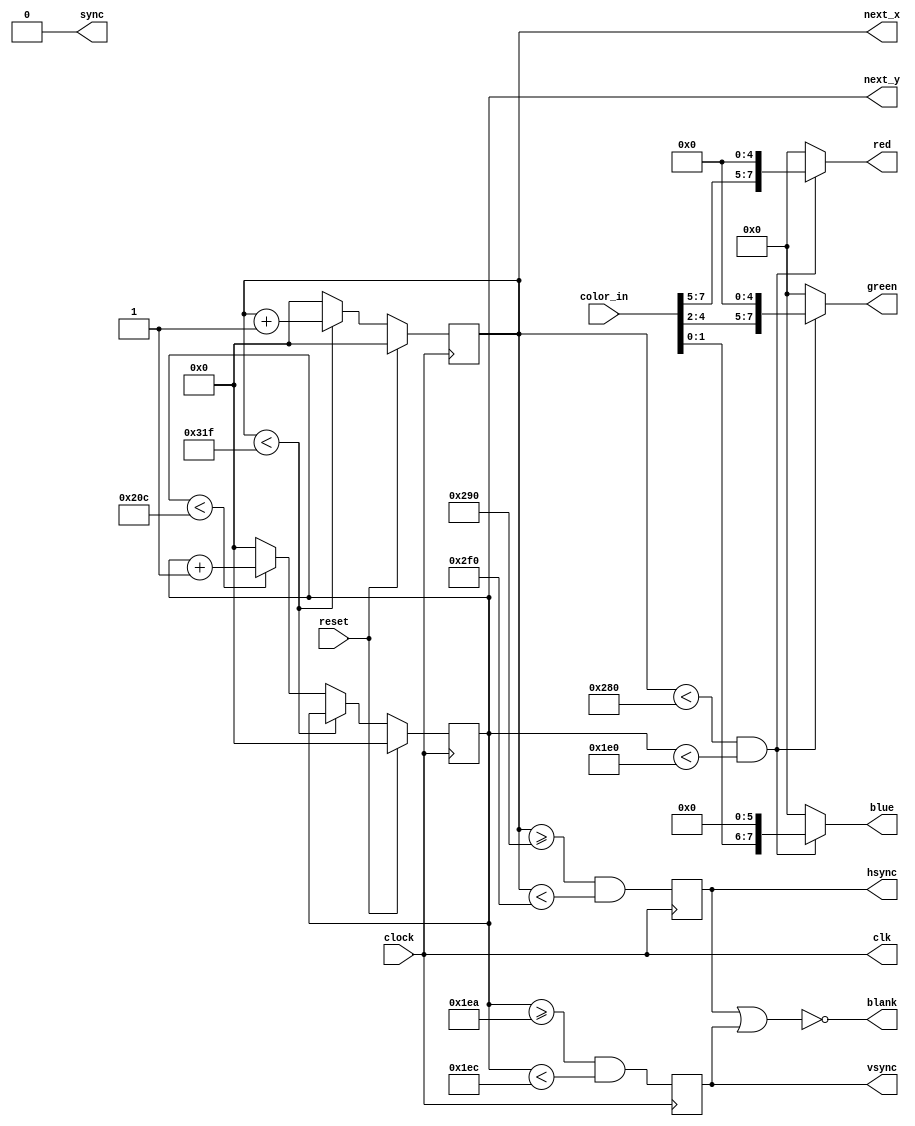
module vga_driver (
    input wire clock,         // 25 MHz
    input wire reset,         // Active high
    input [7:0] color_in,     // Pixel color data (RRRGGGBB)
    output [9:0] next_x,      // x-coordinate of NEXT pixel that will be drawn
    output [9:0] next_y,      // y-coordinate of NEXT pixel that will be drawn
    output reg hsync,         // HSYNC (to VGA connector)
    output reg vsync,         // VSYNC (to VGA connector)
    output [7:0] red,         // RED (to resistor DAC VGA connector)
    output [7:0] green,       // GREEN (to resistor DAC to VGA connector)
    output [7:0] blue,        // BLUE (to resistor DAC to VGA connector)
    output sync,              // SYNC to VGA connector
    output clk,               // CLK to VGA connector
    output blank              // BLANK to VGA connector
);

    // Horizontal and Vertical constants for 640x480 @ 60Hz
    parameter H_ACTIVE = 640;
    parameter H_FRONT_PORCH = 16;
    parameter H_SYNC_PULSE = 96;
    parameter H_BACK_PORCH = 48;
    parameter H_TOTAL = H_ACTIVE + H_FRONT_PORCH + H_SYNC_PULSE + H_BACK_PORCH;

    parameter V_ACTIVE = 480;
    parameter V_FRONT_PORCH = 10;
    parameter V_SYNC_PULSE = 2;
    parameter V_BACK_PORCH = 33;
    parameter V_TOTAL = V_ACTIVE + V_FRONT_PORCH + V_SYNC_PULSE + V_BACK_PORCH;

    reg [9:0] h_count = 0;
    reg [9:0] v_count = 0;

    always @(posedge clock) begin
        if (reset) begin
            h_count <= 0;
            v_count <= 0;
        end else begin
            if (h_count < H_TOTAL - 1) begin
                h_count <= h_count + 1;
            end else begin
                h_count <= 0;
                if (v_count < V_TOTAL - 1) begin
                    v_count <= v_count + 1;
                end else begin
                    v_count <= 0;
                end
            end
        end

        // Generate HSYNC and VSYNC signals
        hsync <= (h_count >= H_ACTIVE + H_FRONT_PORCH) && (h_count < H_ACTIVE + H_FRONT_PORCH + H_SYNC_PULSE);
        vsync <= (v_count >= V_ACTIVE + V_FRONT_PORCH) && (v_count < V_ACTIVE + V_FRONT_PORCH + V_SYNC_PULSE);
    end

    // Output visible signal during active video time
    assign red = (h_count < H_ACTIVE && v_count < V_ACTIVE) ? color_in[7:5] << 5 : 0;
    assign green = (h_count < H_ACTIVE && v_count < V_ACTIVE) ? color_in[4:2] << 5 : 0;
    assign blue = (h_count < H_ACTIVE && v_count < V_ACTIVE) ? color_in[1:0] << 6 : 0;

    // Clock and Sync output
    assign clk = clock;
    assign sync = 0; // Typically not used in modern VGA, but depends on the monitor
    assign blank = ~(hsync | vsync);

    // Coordinate outputs for external usage
    assign next_x = h_count;
    assign next_y = v_count;
endmodule